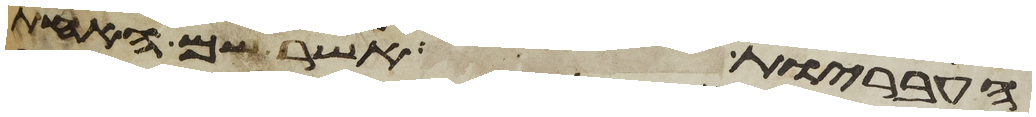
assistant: העבריות אשר שם האחת